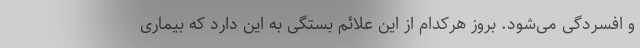
و افسردگی می‌شود. بروز هرکدام از این علائم بستگی به این دارد که بیماری